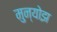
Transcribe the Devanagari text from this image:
मुन्योझ